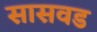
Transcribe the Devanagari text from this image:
सासवड